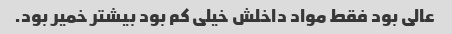
عالی بود فقط مواد داخلش خیلی کم بود بیشتر خمیر بود.